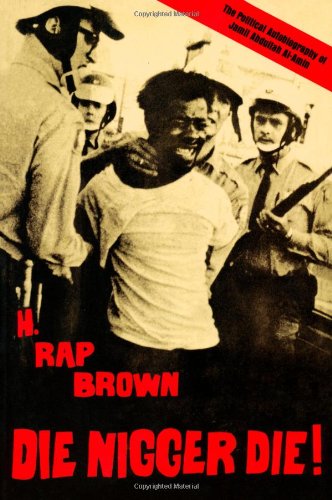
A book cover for Die Nigger Die!: A Political Autobiography of Jamil Abdullah al-Amin; H. Rap Brown (Jamil Abdullah Al-Amin); Biographies & Memoirs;